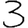
Digit: 3